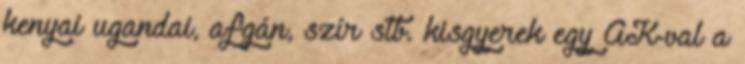
kenyai ugandai, afgán, szír stb. kisgyerek egy AK-val a